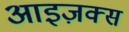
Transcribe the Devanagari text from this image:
आइज़क्स